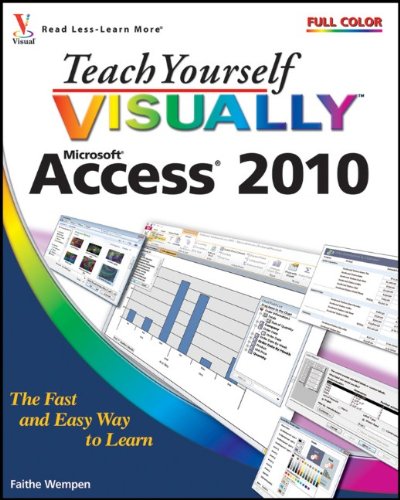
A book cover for Teach Yourself Visually Access 2010; Faithe Wempen; Computers & Technology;